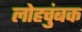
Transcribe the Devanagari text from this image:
लोहचुंबक